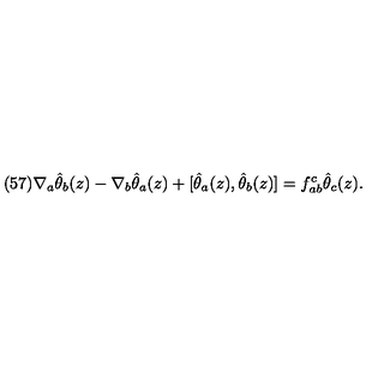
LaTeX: ( 5 7 ) \nabla _ { a } \hat { \theta } _ { b } ( z ) - \nabla _ { b } \hat { \theta } _ { a } ( z ) + [ \hat { \theta } _ { a } ( z ) , \hat { \theta } _ { b } ( z ) ] = f _ { a b } ^ { c } \hat { \theta } _ { c } ( z ) .